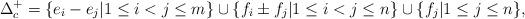
LaTeX: \begin{align*} \Delta _c ^+ =\{ e_i-e_j | 1 \leq i < j \leq m \} \cup \{ f_i \pm f_j | 1 \leq i < j \leq n \} \cup \{ f_j | 1 \leq j \leq n \},\end{align*}